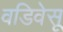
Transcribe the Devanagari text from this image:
वडिवेसू